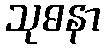
သုဓနာ